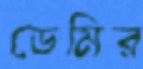
ডেমির